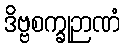
ဒိဗ္ဗစက္ခုဉာဏံ